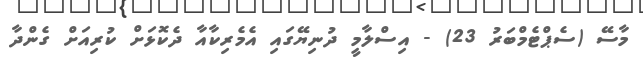
މާސޭ (ސެޕްޓެމްބަރު 23) - އިސްލާމީ ދުނިޔޭގައި އެމެރިކާއާ ދެކޮޅަށް ކުރިއަށް ގެންދާ